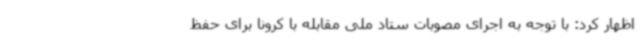
اظهار کرد: با توجه به اجرای مصوبات ستاد ملی مقابله با کرونا برای حفظ